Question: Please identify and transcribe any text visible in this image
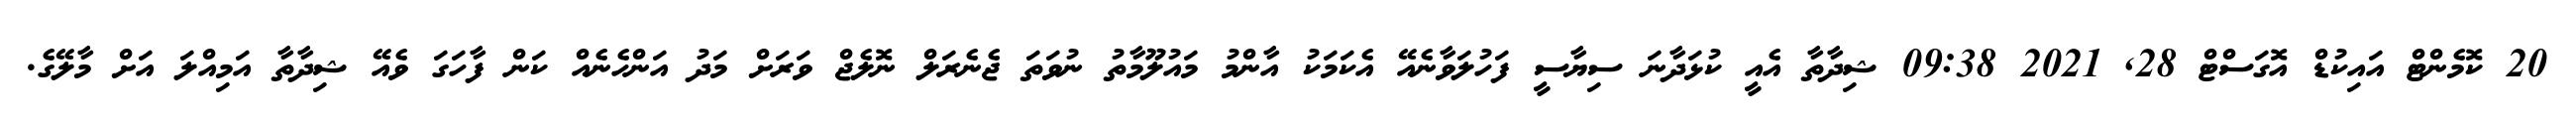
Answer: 20 ކޮމެންޓް އައިކުޑް އޮގަސްޓް 28, 2021 09:38 ޝިދާތާ އެއީ ކުޅަދާނަ ސިޔާސީ ފަހުލަވާނެއޭ އެކަމަކު އާންމު މައުލޫމާތު ނުވަތަ ޖެނެރަލް ނޮލެޖް ވަރަށް މަދު އަންހެނެއް ކަން ފާހަގަ ވެއޭ ޝިދާތާ އަމިއްލަ އަށް މާލޭގެ.